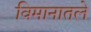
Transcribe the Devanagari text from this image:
विमानातले